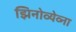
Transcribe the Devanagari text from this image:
झिनोव्येव्ना